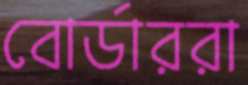
বোর্ডাররা